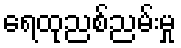
ရေထုညစ်ညမ်းမှု